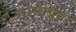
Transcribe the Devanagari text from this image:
सनाब्रिया